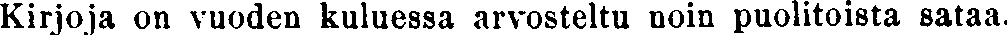
Kirjoja on vuoden kuluessa arvosteltu noin puolitoista sataa.